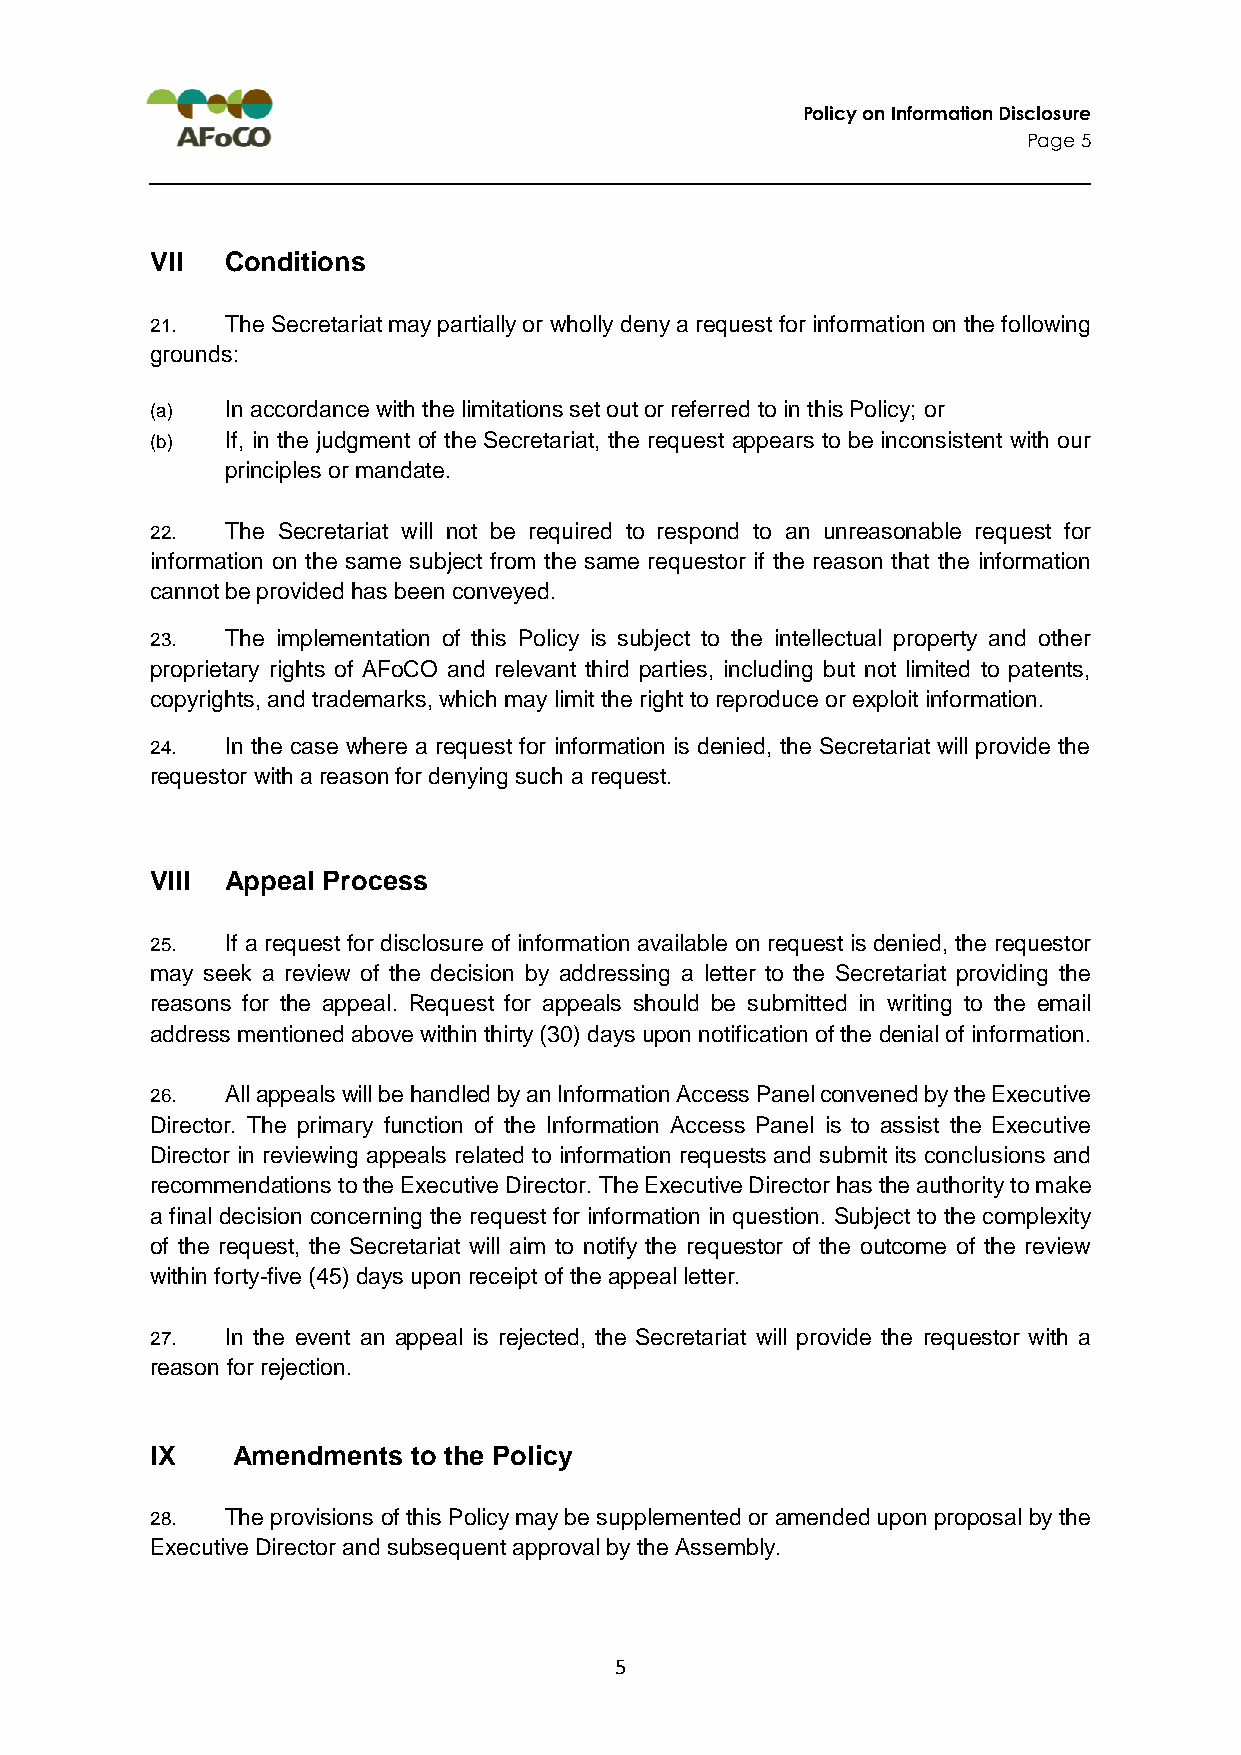
Policy on Information Disclosure
 Page 5
 VII  Conditions
 21.  The Secretariat may partially or wholly deny a request for information on the following
 grounds:
 (a)  In accordance with the limitations set out or referred to in this Policy; or
 (b)  If, in the judgment of the Secretariat, the request appears to be inconsistent with our
 principles or mandate.
 22.  The Secretariat will not be required to respond to an unreasonable request for
 information on the same subject from the same requestor if the reason that the information
 cannot be provided has been conveyed.
 23.  The implementation of this Policy is subject to the intellectual property and other
 proprietary rights of AFoCO and relevant third parties, including but not limited to patents,
 copyrights, and trademarks, which may limit the right to reproduce or exploit information.
 24.  In the case where a request for information is denied, the Secretariat will provide the
 requestor with a reason for denying such a request.
 VIII Appeal Process
 25.  If a request for disclosure of information available on request is denied, the requestor
 may seek a review of the decision by addressing a letter to the Secretariat providing the
 reasons for the appeal. Request for appeals should be submitted in writing to the email
 address mentioned above within thirty (30) days upon notification of the denial of information.
 26.  All appeals will be handled by an Information Access Panel convened by the Executive
 Director. The primary function of the Information Access Panel is to assist the Executive
 Director in reviewing appeals related to information requests and submit its conclusions and
 recommendations to the Executive Director. The Executive Director has the authority to make
 a final decision concerning the request for information in question. Subject to the complexity
 of the request, the Secretariat will aim to notify the requestor of the outcome of the review
 within forty-five (45) days upon receipt of the appeal letter.
 27.  In the event an appeal is rejected, the Secretariat will provide the requestor with a
 reason for rejection.
 IX   Amendments  to the Policy
 28.  The provisions of this Policy may be supplemented or amended upon proposal by the
 Executive Director and subsequent approval by the Assembly.
 5